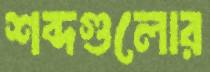
শব্দগুলোর